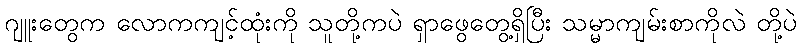
ဂျူးတွေက လောကကျင့်ထုံးကို သူတို့ကပဲ ရှာဖွေတွေ့ရှိပြီး သမ္မာကျမ်းစာကိုလဲ တို့ပဲ